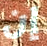
إن